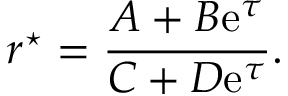
r ^ { \star } = \frac { A + B \mathrm { e } ^ { \tau } } { C + D \mathrm { e } ^ { \tau } } .